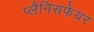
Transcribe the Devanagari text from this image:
प्लैनिसफेयर